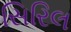
સિરિલ